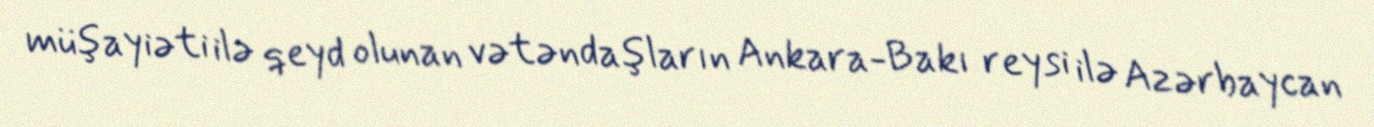
müşayiəti ilə qeyd olunan vətəndaşların Ankara-Bakı reysi ilə Azərbaycan